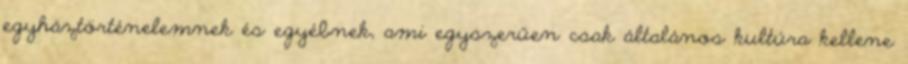
egyháztörténelemnek és egyébnek, ami egyszerűen csak általános kultúra kellene